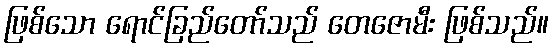
ဖြစ်သော ရောင်ခြည်တော်သည် တေဇောမီး ဖြစ်သည်။